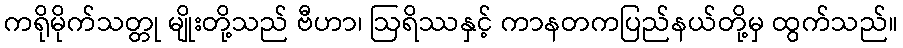
ကရိုမိုက်သတ္တု မျိုးတို့သည် ဗီဟာ၊ ဩရိဿနှင့် ကာနတကပြည်နယ်တို့မှ ထွက်သည်။